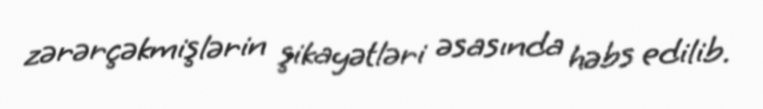
zərərçəkmişlərin şikayətləri əsasında həbs edilib.